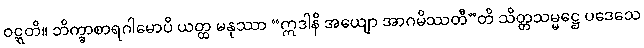
ဝဋ္ဋတိ။ ဘိက္ခာစာရဂါမောပိ ယတ္ထ မနုဿာ “ဣဒါနိ အယျော အာဂမိဿတီ”တိ သိတ္တသမ္မဋ္ဌေ ပဒေသေ